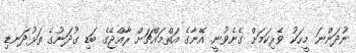
ނުދަންނަ މީހަކު ވެރިކަމަށް ގެނެވުނީ. އޭނާގެ އަތްމައްޗަށް ރާއްޖޭގެ ބަޑި ގުދަނުގެ ތަޅުދަނޑި